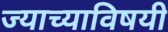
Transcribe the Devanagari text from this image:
ज्याच्याविषयी